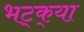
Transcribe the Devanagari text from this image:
भट्‌क्‌या